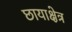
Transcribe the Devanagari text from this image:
छायाक्षेत्र